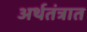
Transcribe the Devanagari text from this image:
अर्थतंत्रात